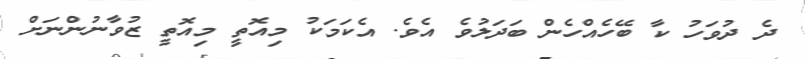
ދެ ދުވަހު ކާ ބޭހެއްހެން ބަދަލުވެ އެވެ. އެކަމަކު މިއޮތީ މިއޮތީ ޒުވާނުންނަށް